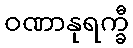
ဝဏာနုရက္ခီ